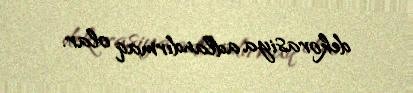
dekorasiya adlandırmaq olar.